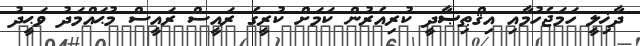
ދާޚިލީ ހަމަޖެހުމާއި އިޤްޠިޞާދީ ކުރިއެރުން ކަމަށް ކުރީގެ ރައީސް ރައީސް މުޙައްމަދު ވަޙީދު